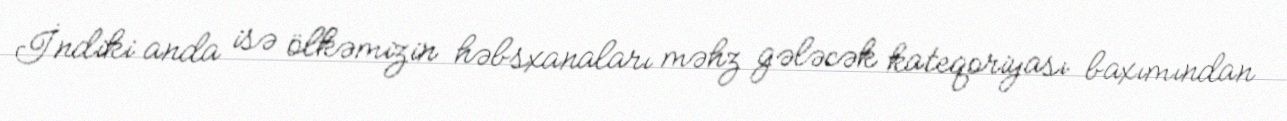
İndiki anda isə ölkəmizin həbsxanaları məhz gələcək kateqoriyası baxımından